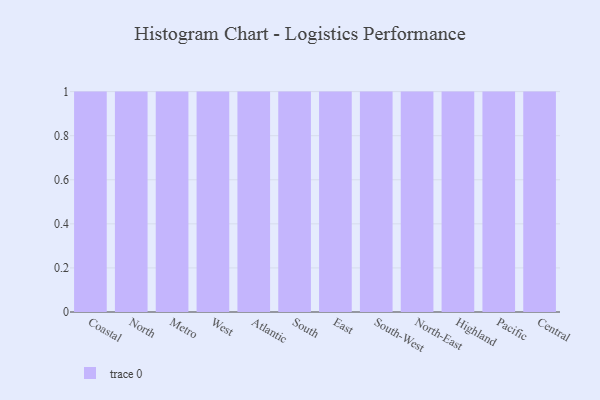
{"axis": {"x": "Region", "y": "Budget (USD K)"}, "legend": [""], "data": [{"x": "Coastal", "y": 98, "type": ""}, {"x": "North", "y": 79, "type": ""}, {"x": "Metro", "y": 83, "type": ""}, {"x": "West", "y": 8, "type": ""}, {"x": "Atlantic", "y": 45, "type": ""}, {"x": "South", "y": 11, "type": ""}, {"x": "East", "y": 100, "type": ""}, {"x": "South-West", "y": 11, "type": ""}, {"x": "North-East", "y": 91, "type": ""}, {"x": "Highland", "y": 71, "type": ""}, {"x": "Pacific", "y": 23, "type": ""}, {"x": "Central", "y": 31, "type": ""}]}